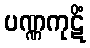
ပဏ္ဏကုဋိံ